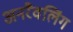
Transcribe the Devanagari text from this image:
अनरैवलिंग